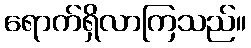
ရောက်ရှိလာကြသည်။